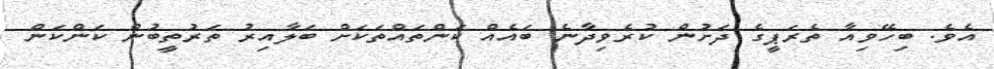
އެވެ. ބިހޭވިއާ ތެރަޕީގެ ދަށުން ކުރެވިދާނެ ބައެއް ކަންތައްތަކަށް ބަލާއިރު ތަރުތީބުން ކަންކަން